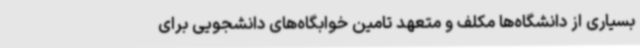
بسیاری از دانشگاه‌ها مکلف و متعهد تامین خوابگاه‌های دانشجویی برای